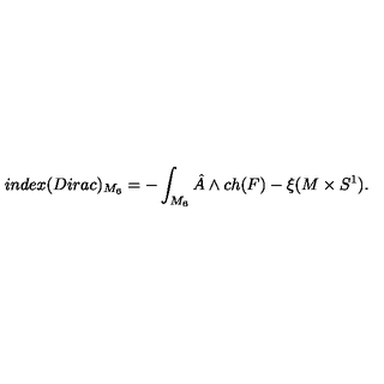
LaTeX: i n d e x ( D i r a c ) _ { M _ { 6 } } = - \int _ { M _ { 6 } } { { \hat { A } } } \wedge { c h ( F ) } - \xi ( M \times { S ^ { 1 } } ) .